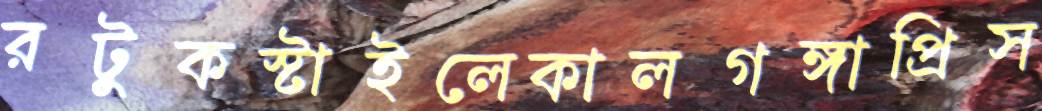
রটুকস্টাইলেকালগঙ্গাপ্রিস